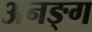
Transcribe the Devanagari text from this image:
अनङ्‌ग